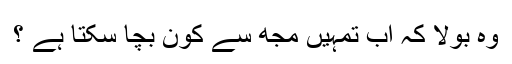
وہ بولا کہ اب تمہیں مجھ سے کون بچا سکتا ہے ؟